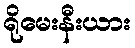
ရိုမေးနီးယား